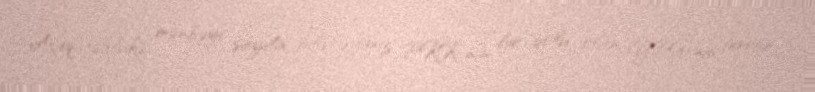
Açıq təhlükə mənbəyi sayıla biləcəyimiz PKK-nın bir qolu olan YPG-nin terror